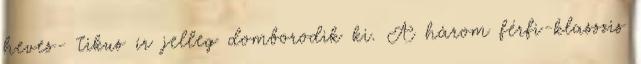
heves- tikus ír jelleg domborodik ki. A három férfi-klasszis